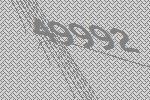
49992